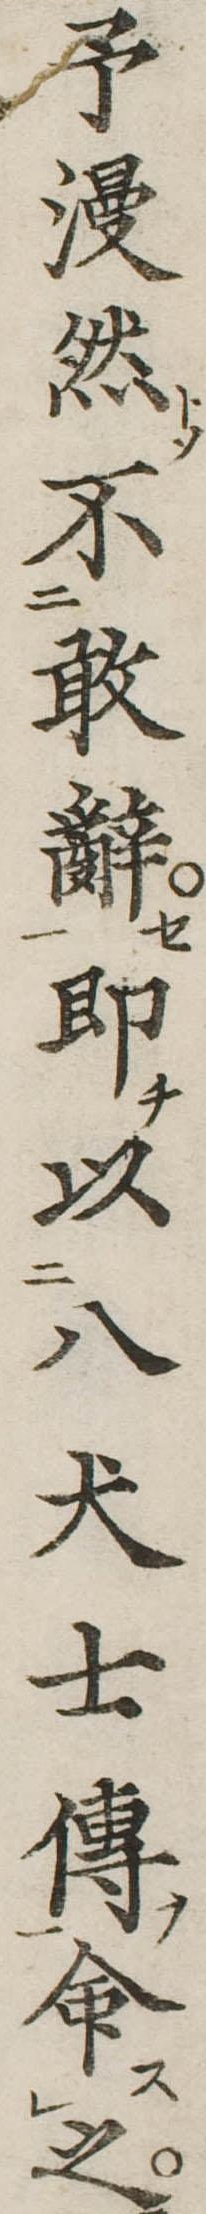
予漫然不敢辞即以八犬士伝命之